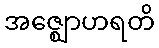
အဇ္ဈောဟရတိ